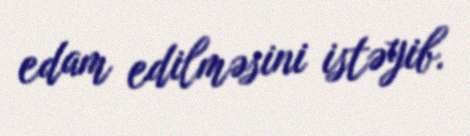
edam edilməsini istəyib.